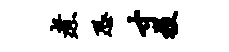
煮恐寸投